Eesti_Rahvusfond, lk 40
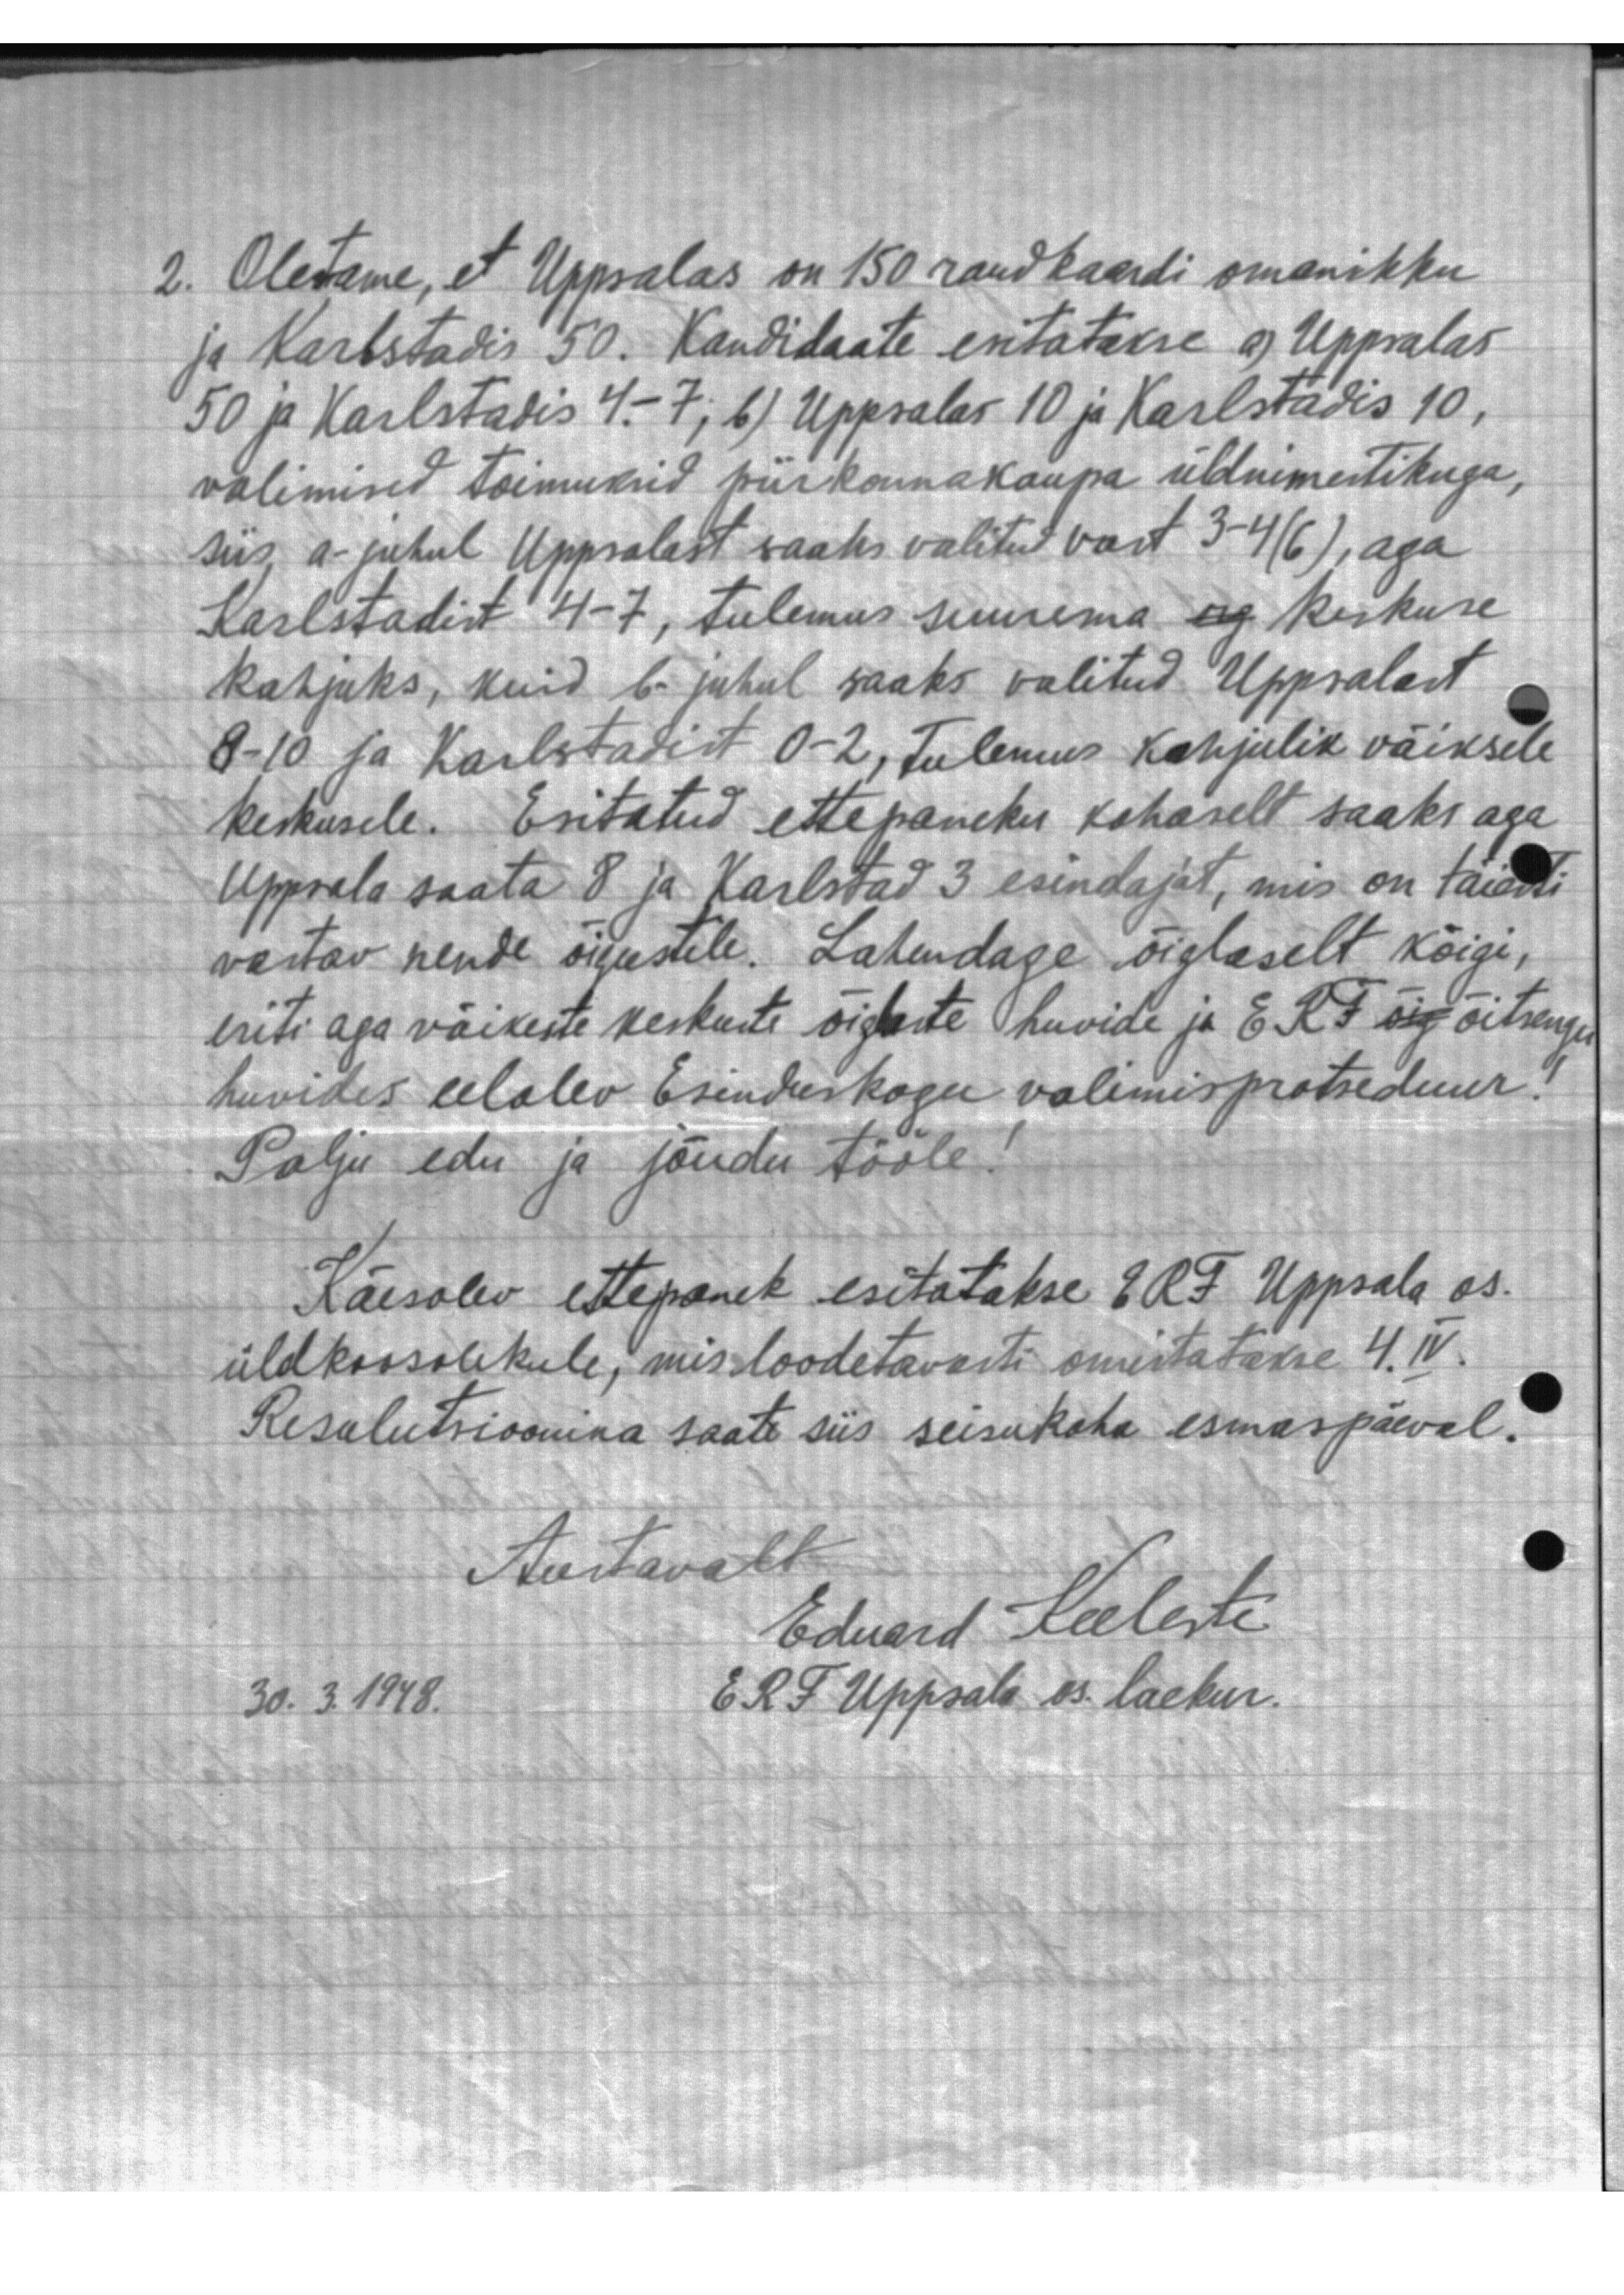
2. Oletame, et Uppsalas on 150 raudkaardi omanikku
ja Karlstadis 50. Kandidaate esitatakse a) Uppalas
50 ja Karlstadis 4.-7; 6) Uppsalas 10 ja Karlstadis 10,
valimised toimuksid piirkonna kaupa üldnimestikuga,
siis, a- juhul Uppsalast saaks valitud vast 3-4 (6), aga
Karlstadist 4-7, tulemus suurema ag keskuse
kahjuks, kuid b. juhul saaks valitud Uppsalast
8-10 ja Karlstadist 0-2, Tulemus kahjulik väiksele
keskusele. Esitatud ettepaneku kohaselt saaks aga
Uppsala saata 8 ja Karlstad 3 esindajat, mis on täiesti
vastav nende õigustele. Lahendage õiglaselt kõigi,
eriti aga väikeste keskuste õiglaste huvide ja ERF õig õitsengu
huvides eelolev Esinduskogu valimisprotseduur!
Palju edu ja jõudu tööle!
Käesolev ettepanek esitatakse ERF Uppsala os.
üldkoosolekule, mis loodetavasti omistatakse 4.I V.
Resulutsioonina saate siis seisukoha esmaspäeval.
Austavalt
Eduard Keeleste
30. 3. 1948.
ERF Uppsala os. laekur.